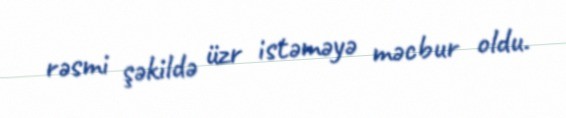
rəsmi şəkildə üzr istəməyə məcbur oldu.